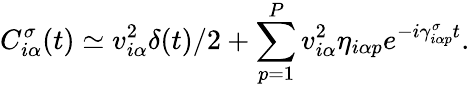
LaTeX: C_{i\alpha}^{\sigma}(t)\simeq v_{i\alpha}^{2}\delta(t)/2+\sum_{p=1}^{P}v_{i\alpha}^{2}\eta_{i\alpha p}e^{-i\gamma_{i\alpha p}^{\sigma}t}.